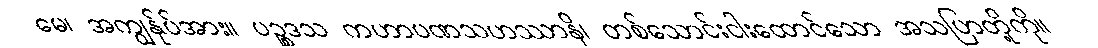
မေ၊ အကျွန်ုပ်အား။ ပဉ္စဒသ ကဟာပဏသဟဿာနိ၊ တစ်သောင်းငါးထောင်သော အသပြာတို့ကို။